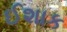
ઈશાક